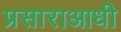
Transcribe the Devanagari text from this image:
प्रसाराआधी